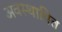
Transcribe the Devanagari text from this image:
अवस्थापित